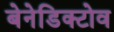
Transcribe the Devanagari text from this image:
बेनेडिक्टोव